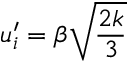
u _ { i } ^ { \prime } = \beta \sqrt { \frac { 2 k } { 3 } }